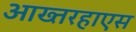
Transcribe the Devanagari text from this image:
आख्तरहाएस